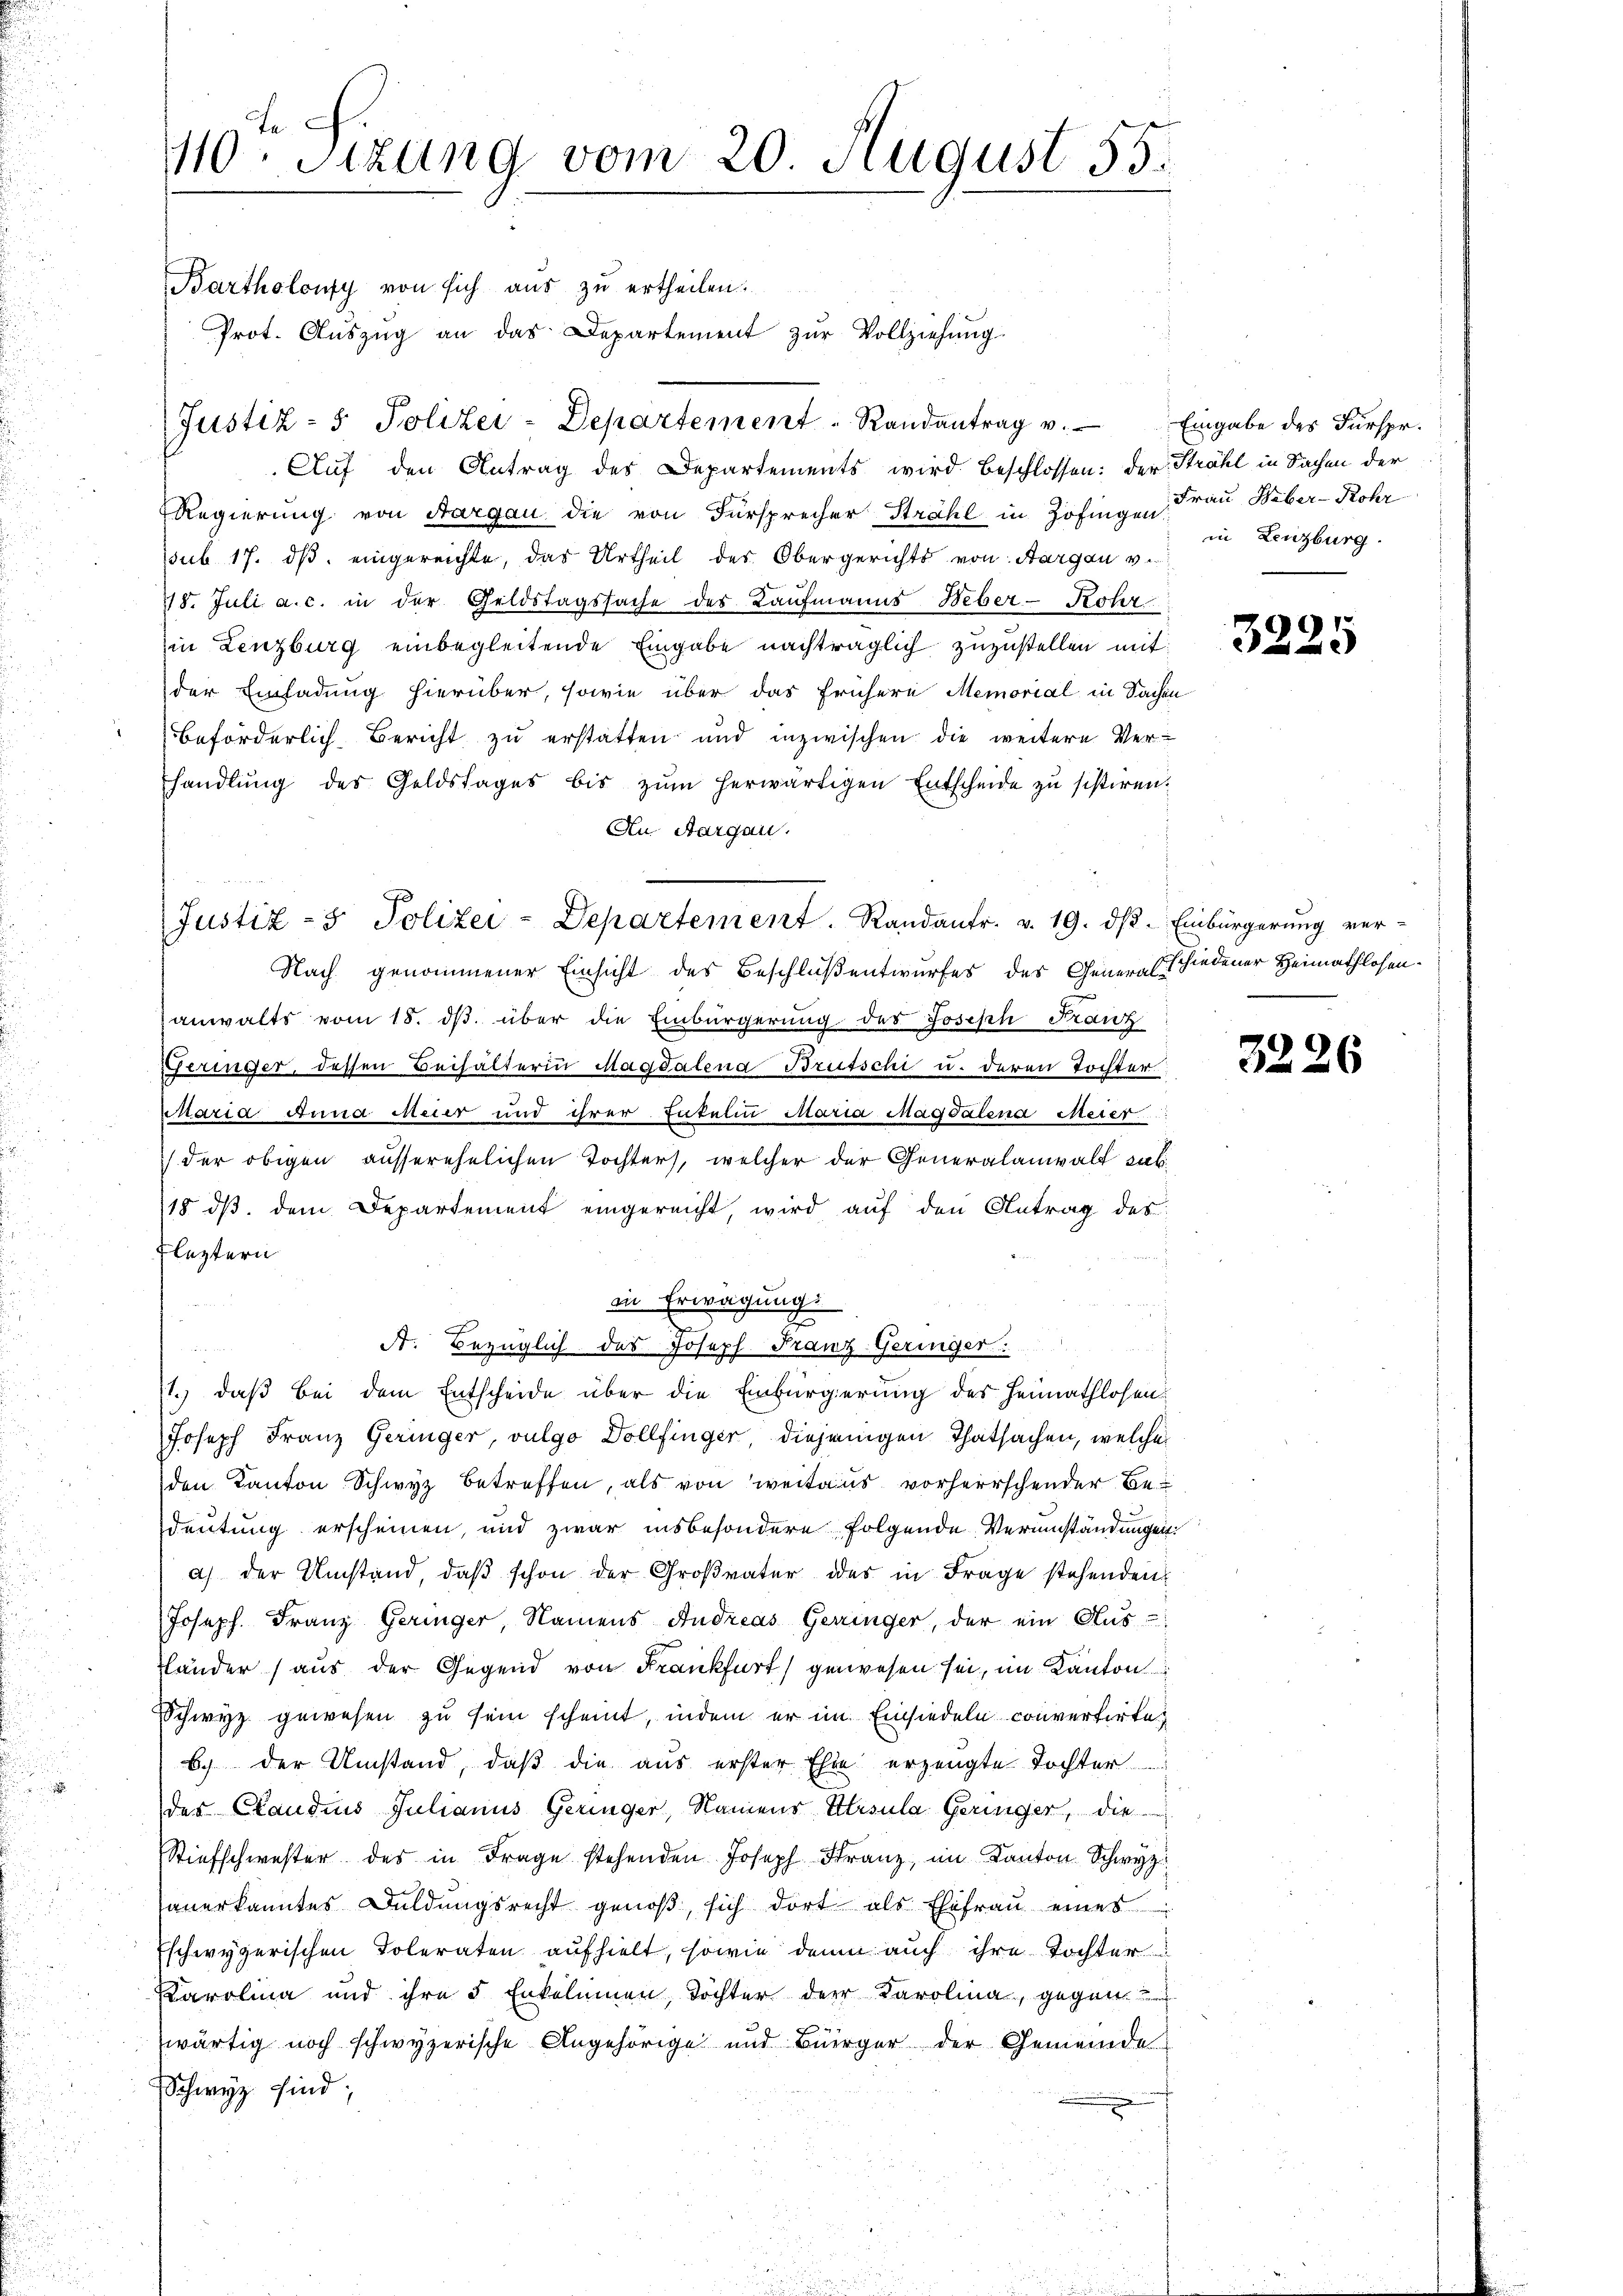
e
110. Sitzung vom 20. August 55.

Bartholony von sich aus zu ertheilen.
Prot. Auszug an das Departement zur Vollziehung.
Auf den Antrag des Departements wird beschlossen: der Strahl in Sachen der
Regierung von Aargau die von Fürsprecher Strahl in Zofingen Frau Weber-Rohr
ssub. 17. ds. eingereichte, das Urtheil des Obergerichts von Aargau v.
18. Juli a. c. in der Geldstagssache des Kaufmanns Heber-Rohr
in Lenzburg einbegleitende Eingabe nachträglich zuzustellen mit
der Einladung hierüber, sowie über das frühere Memorial in Sachen
beförderlich Bericht zu erstatten und inzwischen die weitere Ver-
handlŭng des Goldstages bis zŭm herwärtigen Entscheide zu sistiren.
An Aargau.
Justiz- & Polizei-Departement. Randantr. v. 19. dβ. Einbürgerung ver-

Justiz- & Polizei-Departement Randantrag v. Eingabe des Fürspr.

in Lenzburg.

Nach genommener Einsicht des Beschluß entwurfes des Gener-Eschiedener Heimathlosenanwalts vom 18. ds. über die Einbürgerung des Joseph Franz
Geringer, dessen Beihälterin Magdalena Brutschi u. deren Tochter
Maria Anna Meier und ihrer Entelm Maria Magdalena Meier
der obigen ausserehelichen Tochters, welcher der Generalanwalt sub¬
18 dß dem Departement eingereicht, wird auf den Antrag des
Fleztern
d
in Erwägung
e
A. Bezüglich des Joseph Franz-Geringer.
1.) daß bei dem Entscheide über die Einbürgerung des Heimathlosen¬
Joseph Franz Geringer, vulgo Dollfinger, diejenigen Thatsachen, welche
den Kanton Schwyz betreffen, als von weitaus vorherrschender Bedeutung erscheinen, und zwar insbesondere Folgende Verumständungen:
a) der Umstand, daβ schon der Groβvater des in Frage stehenden
Joseph. Franz Geringer, Namens Andreas Geringer, der ein Aus-
länder (aus der Gegend von Frankfurt gewesen sei, im Kanton
Schwyz gewesen zu sein scheint, indem er im Einsiedeln convertirte,
6.) Der Umstand, daß die aus erster Ehre erzeugte Tochter
des Claudius Julianus Geringer, Namens Ursula Geringer, die
Stiefschwester des in Frage stehenden Joseph Franz, im Kanton Schwyz
anerkanntes Duldungsrecht genoß, sich dort als Ehefrau eines
Eschwyzerischen Toleraten aufhielt, sowie dann auch ihre Tochter
Karolina und ihre 5 Enkelinnen, Töchter der Karolina, gegen
wärtig noch schwyzerische Angehörige und Bürger der Gemeinde
Schwyz sind;

3225

3226